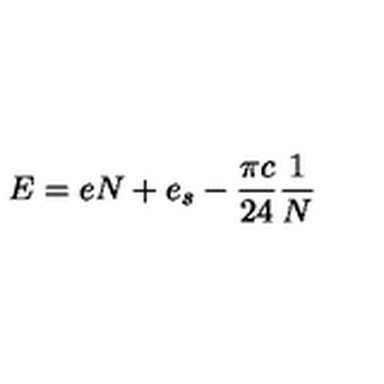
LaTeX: E = e N + e _ { s } - \frac { \pi c } { 2 4 } \frac { 1 } { N }